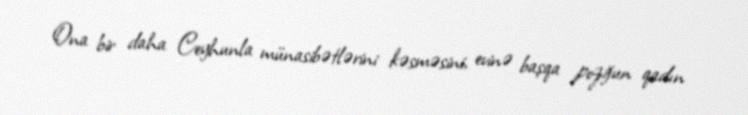
Ona bir daha Ceyhunla münasibətlərini kəsməsini, evinə başqa pozğun qadın